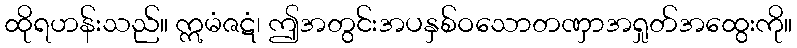
ထိုရဟန်းသည်။ ဣမံဇဋံ၊ ဤအတွင်းအပနှစ်ဝသောတဏှာအရှုတ်အထွေးကို။